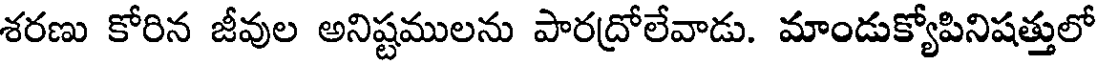
శరణు కోరిన జీవుల అనిష్టములను పారద్రోలేవాడు. మాండుక్యోపినిషత్తులో